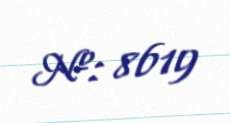
№: 8619